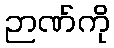
ဉာဏ်ကို